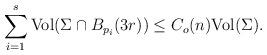
LaTeX: \begin{align*}\sum_{i=1}^s{\rm Vol}(\Sigma\cap B_{p_i}(3r)) \leq C_o(n) {\rm Vol}(\Sigma).\end{align*}